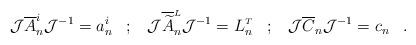
LaTeX: \begin{align*}{\cal J} \overline{A}^i_n {\cal J}^{-1} = a^i_n \;\;\;;\;\;\;{\cal J} \overline{\widetilde A}^{\scriptscriptstyle L}_n{\cal J}^{-1} = L^{\scriptscriptstyle T}_n\;\;\;;\;\;\;{\cal J} \overline{C}_n {\cal J}^{-1} = c_n \;\;\;.\end{align*}